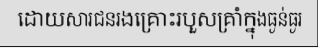
ដោយសារជនរងគ្រោះរបួសគ្រាំក្នុងធ្ងន់ធ្ងរ